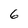
Character: 6